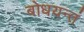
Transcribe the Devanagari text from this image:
बोधयन्तं